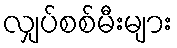
လျှပ်စစ်မီးများ